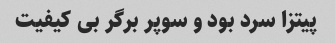
پیتزا سرد بود و سوپر برگر بی کیفیت